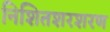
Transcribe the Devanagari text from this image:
निशितशरशरण